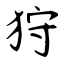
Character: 狩